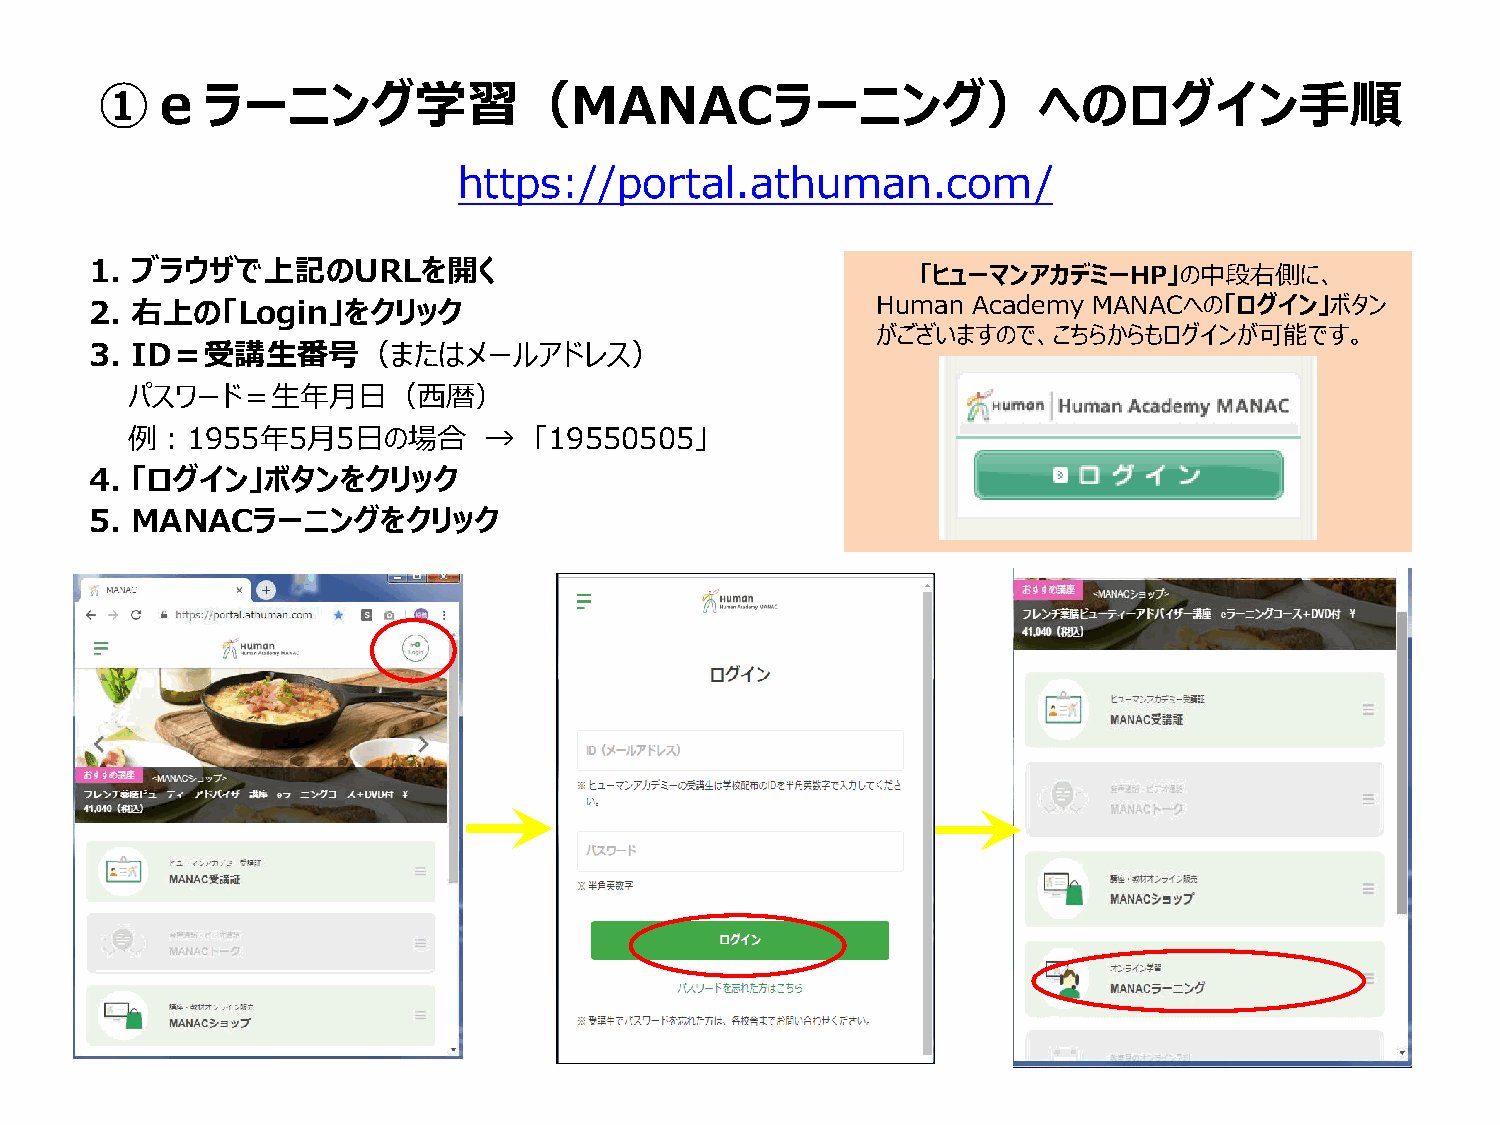
①ｅラーニング学習（MANACラーニング）へのログイン手順
 https://portal.athuman.com/
 1. ブラウザで上記のURLを開く
 「ヒューマンアカデミーHP」の中段右側に、
 2. 右上の「Login」をクリック                                  Human Academy MANACへの「ログイン」ボタン
 がございますので、こちらからもログインが可能です。
 3. ID＝受講生番号（またはメールアドレス）
 パスワード＝生年月日（西暦）
 例：1955年5月5日の場合          →  「19550505」
 4. 「ログイン」ボタンをクリック
 5. MANACラーニングをクリック